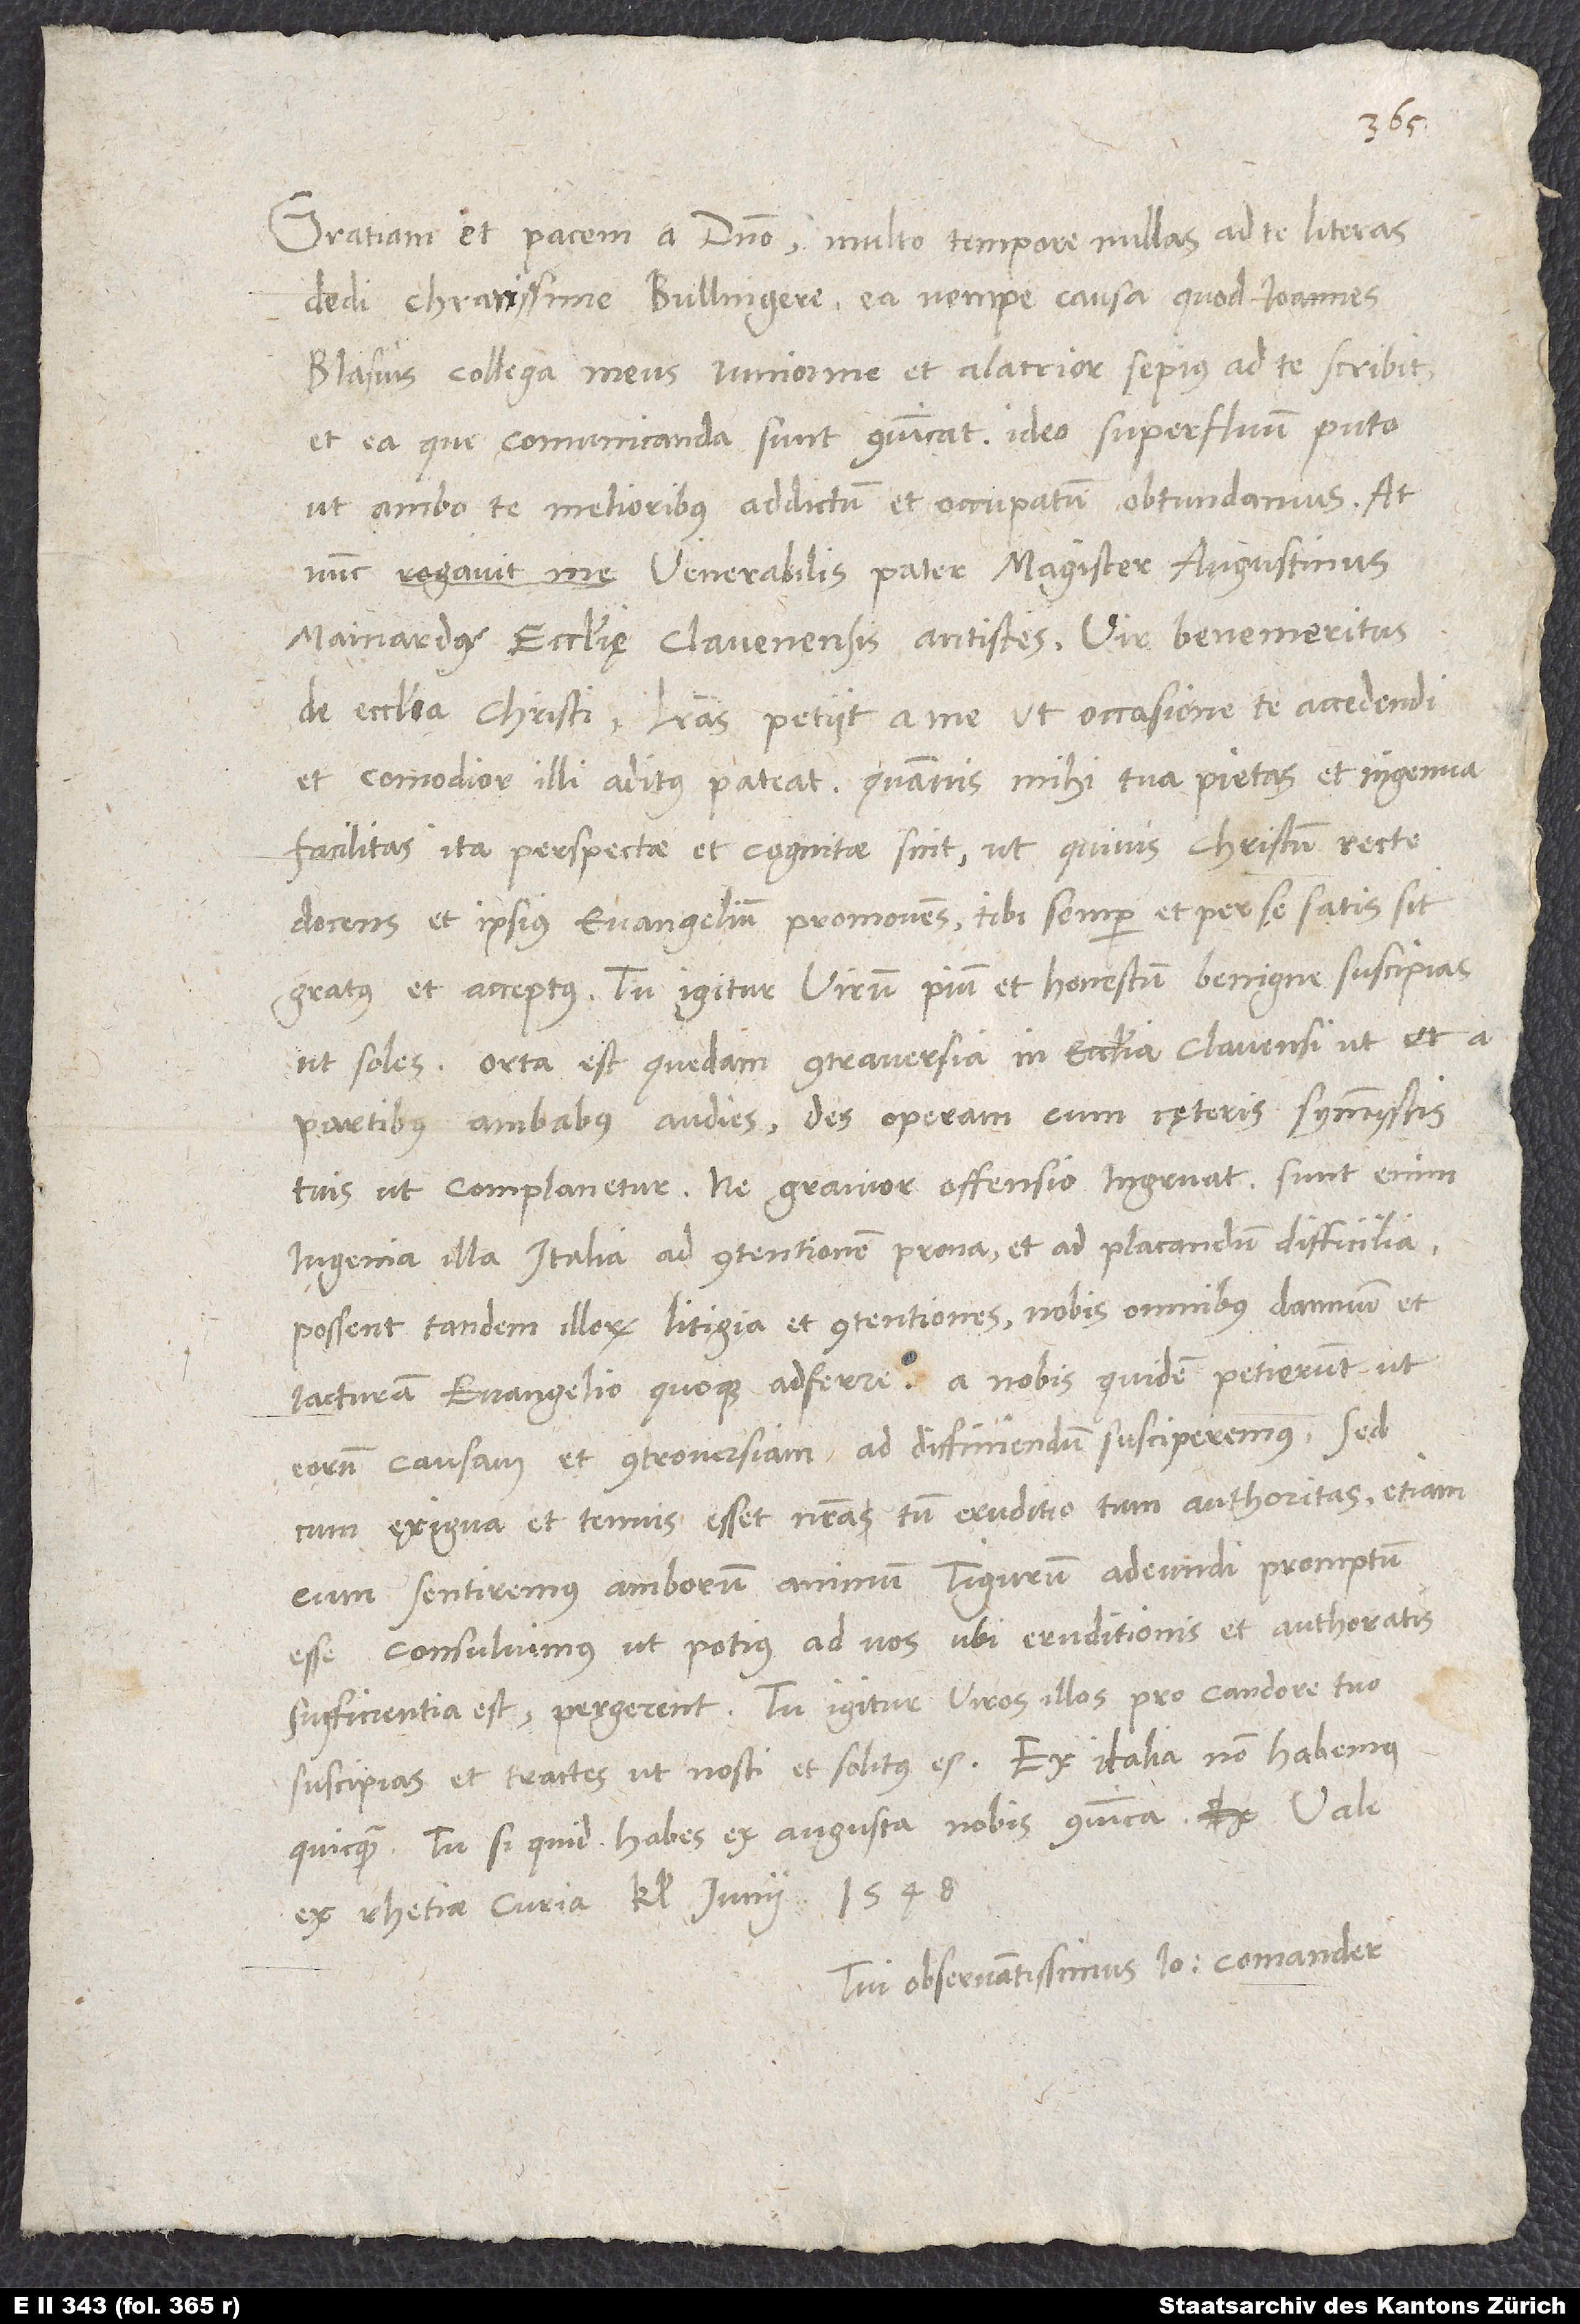
Gratiam et pacem a Domino. Multo tempore nullas ad te literas
dedi, charissime Bullingere, ea nempe causa, quod Ioannes
Blasius, collega meus iunior me et alacrior, sepius ad te scribit
sufficientia est, pergerent. Tu igitur viros illos pro candore tuo
suscipias et tractes, ut nosti et solitus es. Ex Italia non habemus
Ex Rhetiae Curia, kalendis Iunii 1548.
Tui observantissimus Ioannes Comander.